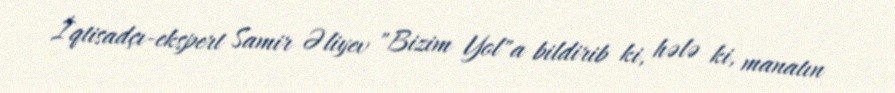
İqtisadçı-ekspert Samir Əliyev "Bizim Yol"a bildirib ki, hələ ki, manatın